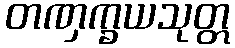
တဏှက္ခယသုတ္တ